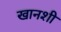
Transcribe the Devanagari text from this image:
खानशी